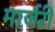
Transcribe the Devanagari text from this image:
मार्जरी